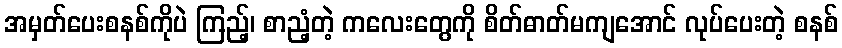
အမှတ်ပေးစနစ်ကိုပဲ ကြည့်၊ စာညံ့တဲ့ ကလေးတွေကို စိတ်ဓာတ်မကျအောင် လုပ်ပေးတဲ့ စနစ်